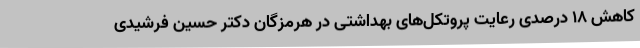
کاهش 18 درصدی رعایت پروتکل‌های بهداشتی در هرمزگان دکتر حسین فرشیدی